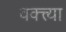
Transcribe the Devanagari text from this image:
वक्त्त्या